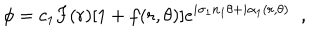
LaTeX: \phi = c _ { 1 } F ( r ) [ 1 + f ( r , \theta ) ] e ^ { i \sigma _ { 1 } n _ { 1 } \theta + i \alpha _ { 1 } ( r , \theta ) } \; \; ,